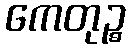
ကေတုဉ္စ